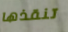
تنقذها